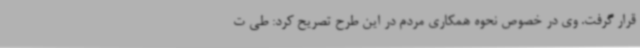
قرار گرفت. وی در خصوص نحوه همکاری مردم در این طرح تصریح کرد: طی ت